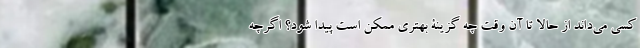
کسی می‌داند از حالا تا آن وقت چه گزینۀ بهتری ممکن است پیدا شود؟ اگرچه